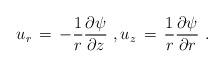
LaTeX: \begin{align*} u_r \,=\, -\frac{1}{r}\frac{\partial \psi}{\partial z}~, u_z \,=\, \frac{1}{r}\frac{\partial \psi}{\partial r}~.\end{align*}